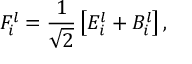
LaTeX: F _ { i } ^ { l } = \frac { 1 } { \sqrt { 2 } } \left[ E _ { i } ^ { l } + B _ { i } ^ { l } \right] ,